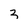
Character: 3